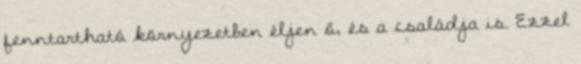
fenntartható környezetben éljen ő, és a családja is. Ezzel